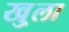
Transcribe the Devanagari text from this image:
खु्ला